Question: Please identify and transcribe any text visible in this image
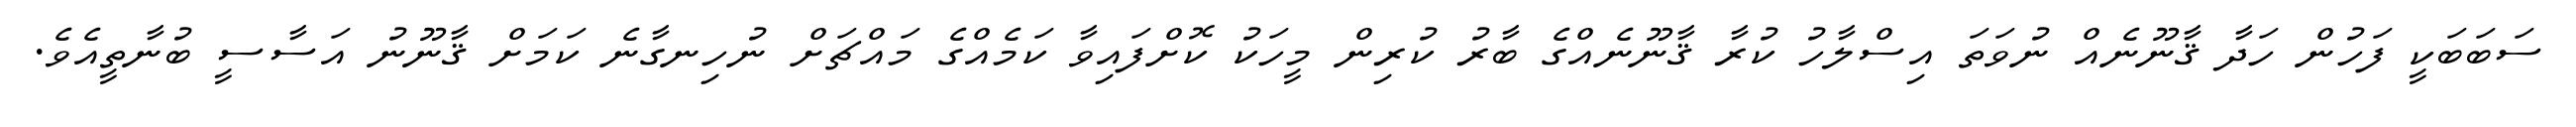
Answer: ސަބަބަކީ ފަހުން ހަދާ ޤާނޫނެއް ނުވަތަ އިސްލާހު ކުރާ ޤާނޫނެއްގެ ބާރު ކުރިން މީހަކު ކޮށްފައިވާ ކަމެއްގެ މައްޗަށް ނުހިނގާނެ ކަމަށް ޤާނޫނު އަސާސީ ބުނާތީއެވެ.